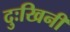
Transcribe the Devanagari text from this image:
दुःखिनी